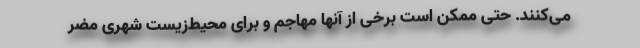
می‌کنند. حتی ممکن است برخی از آنها مهاجم و برای محیط‌زیست شهری مضر